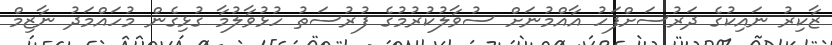
ޒާކިރު ނައިކުގެ ދަރުސަށްފަހު އާއްމުނަށް ސުވާލުކުރުމުގެ ފުރުސަތު ހުޅުވާލުމާ ގުޅިގެން މުހައްމަދު ނާޒިމް